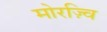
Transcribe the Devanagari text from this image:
मोरज़्वि